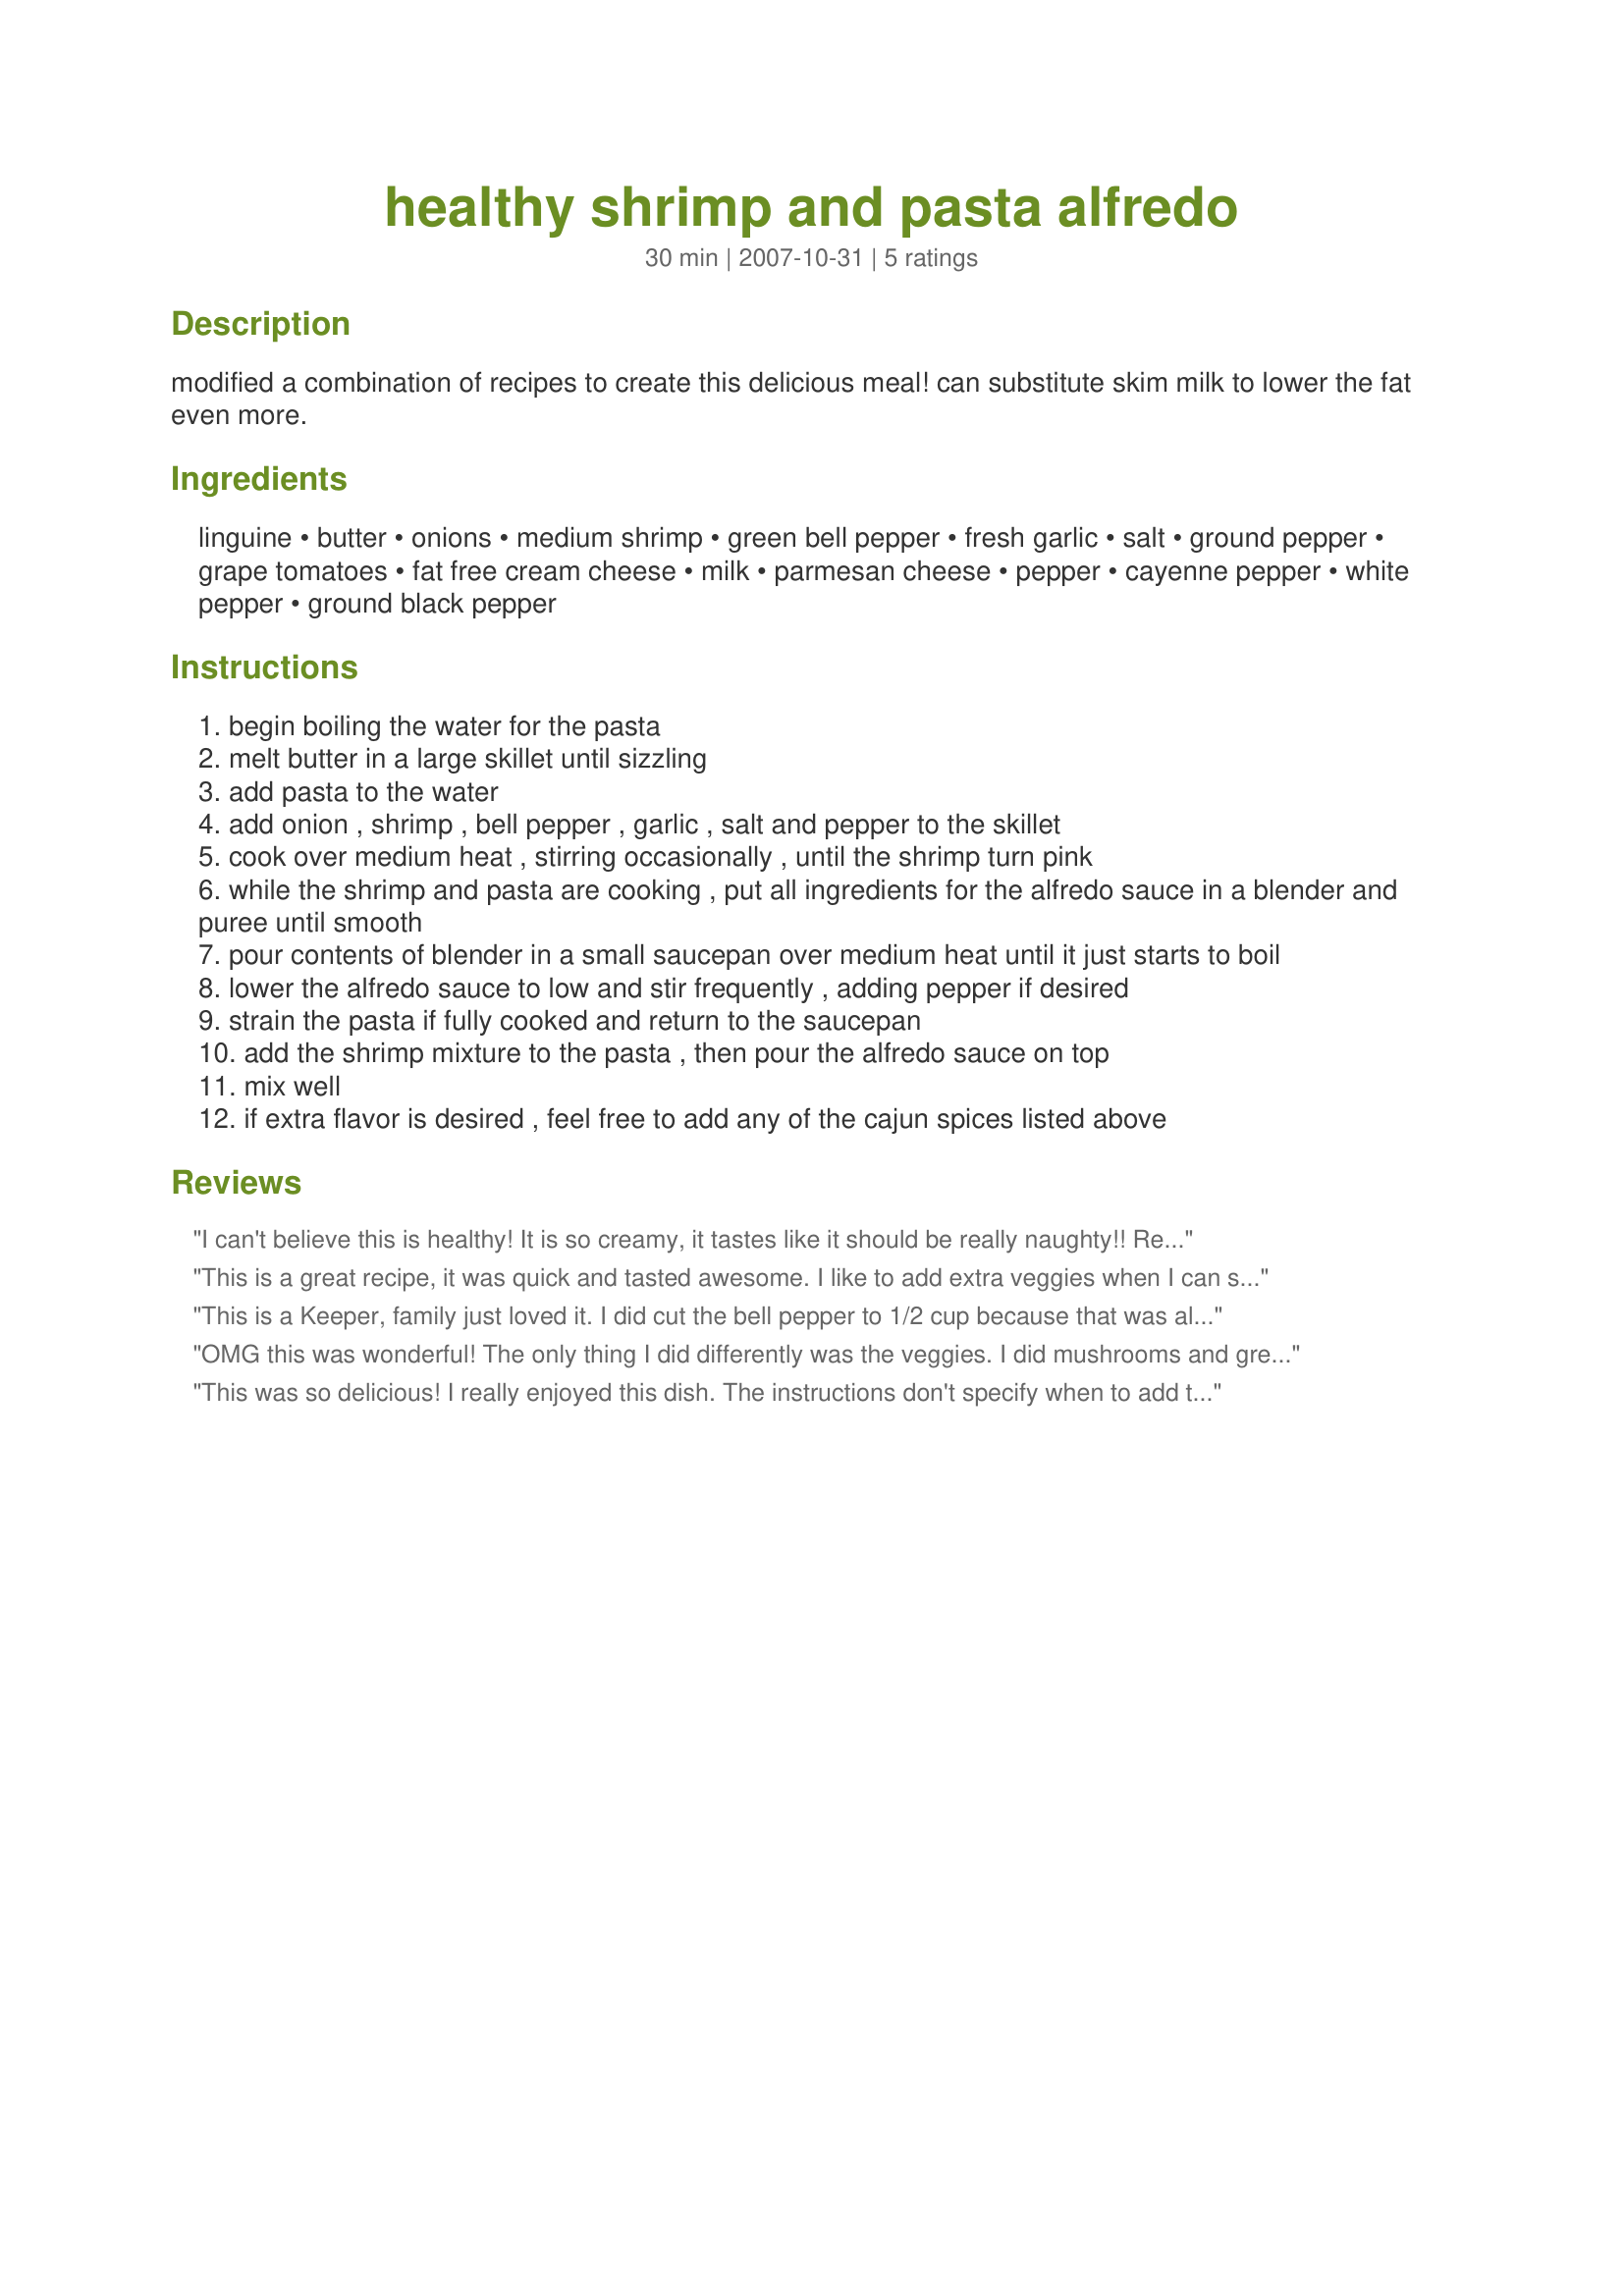
healthy shrimp and pasta alfredo
Preparation time: 30 minutes

modified a combination of recipes to create this delicious meal! can substitute skim milk to lower the fat even more.

Ingredients:
linguine, butter, onions, medium shrimp, green bell pepper, fresh garlic, salt, ground pepper, grape tomatoes, fat free cream cheese, milk, parmesan cheese, pepper, cayenne pepper, white pepper, ground black pepper

Steps:
begin boiling the water for the pasta
melt butter in a large skillet until sizzling
add pasta to the water
add onion , shrimp , bell pepper , garlic , salt and pepper to the skillet
cook over medium heat , stirring occasionally , until the shrimp turn pink
while the shrimp and pasta are cooking , put all ingredients for the alfredo sauce in a blender and puree until smooth
pour contents of blender in a small saucepan over medium heat until it just starts to boil
lower the alfredo sauce to low and stir frequently , adding pepper if desired
strain the pasta if fully cooked and return to the saucepan
add the shrimp mixture to the pasta , then pour the alfredo sauce on top
mix well
if extra flavor is desired , feel free to add any of the cajun spices listed above

Reviews:
I can't believe this is healthy! It is so creamy, it tastes like it should be really naughty!! Really easy to make and loved the additions of peppers too. Definitely be making this again!
This is a great recipe, it was quick and tasted awesome. I like to add extra veggies when I can so I added mushrooms and broccoli. Thanks for the great healthy recipe.
This is a Keeper, family just loved it. I did cut the bell pepper to 1/2 cup because that was all I had on hand but I also added some broccoli flowerets, mushroom, and fresh parsley. Served it with nice salad and garlic bread. OM family said keep this one around.
OMG this was wonderful! The only thing I did differently was the veggies. I did mushrooms and green onions instead with no tomatoes. This was super easy and is definitely something I will make over and over again. You're an idiot to not like this.
This was so delicious! I really enjoyed this dish. The instructions don't specify when to add the tomatoes, so I just tossed them in the pot at the end when tossing the pasta, shrimp and sauce together. I think it would have better if I had cooked them in the skillet with the onion, shrimp, bell pepper and seasonings though. But even so, it was a deslicious recipe. Thanks for sharing your recipe, xpbowling. Made for Fall 2011 Pick-A-Chef.
